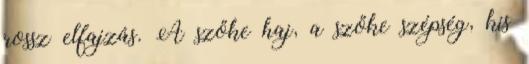
rossz elfajzás. A szőke haj, a szőke szépség, kis